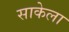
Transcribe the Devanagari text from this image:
साकेला